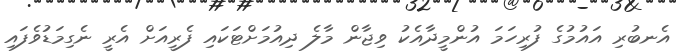
އެނބުރި އައުމުގެ ފުރިހަމަ އުންމީދާއެކު ވިޖާން މާލެ ދިއުމަށްޓަކައި ފެރީއަށް އެރީ ނެގިމަޑުވެފައި